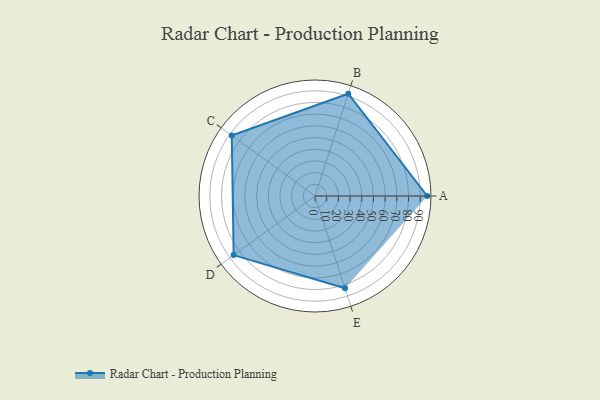
{"axis": {"x": "Skill", "y": "Score"}, "legend": ["Profile"], "data": [{"x": "A", "y": 96.0, "type": "Profile"}, {"x": "B", "y": 92.0, "type": "Profile"}, {"x": "C", "y": 88.0, "type": "Profile"}, {"x": "D", "y": 86.0, "type": "Profile"}, {"x": "E", "y": 83.0, "type": "Profile"}]}